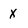
Character: X